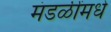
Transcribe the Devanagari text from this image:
मंडळींमधे